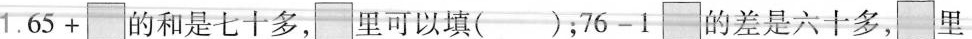
1.65+ \Box的和是七十多， \Box 里可以填()；76-1 \Box的差是六十多， \Box里